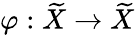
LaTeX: \varphi:{\widetilde{X}}\to{\widetilde{X}}